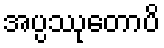
အပ္ပဿုတောပိ